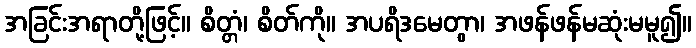
အခြင်းအရာတို့ဖြင့်။ စိတ္တံ၊ စိတ်ကို။ အပရိဒမေတွာ၊ အဖန်ဖန်မဆုံးမမူ၍။